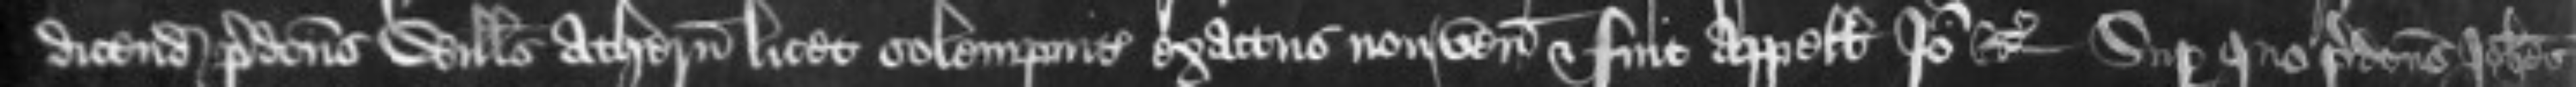
dicendum predictus Willelmus Athern licet solempniter exactus non venit et fuit appellans Ideo etc Super quo predictus Johannes